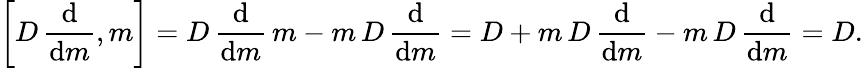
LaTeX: \left[D\, {\frac{\mathrm{d}}{\mathrm{d}m}},m\right]=D\, {\frac{\mathrm{d}}{\mathrm{d}m}}\, m-m\, D\, {\frac{\mathrm{d}}{\mathrm{d}m}}=D+m\, D\, {\frac{\mathrm{d}}{\mathrm{d}m}}-m\, D\, {\frac{\mathrm{d}}{\mathrm{d}m}}=D.